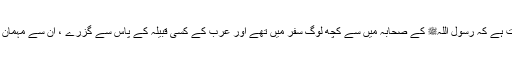
1449: سیدنا ابو سعید خدریؓ سے روایت ہے کہ رسول اللہﷺ کے صحابہ میں سے کچھ لوگ سفر میں تھے اور عرب کے کسی قبیلہ کے پاس سے گزرے ، ان سے مہمان نوازی چاہی تو انہوں نے مہمانی نہ کی۔